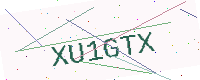
Text: XU1GTX